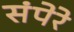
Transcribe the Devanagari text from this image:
संपेरे